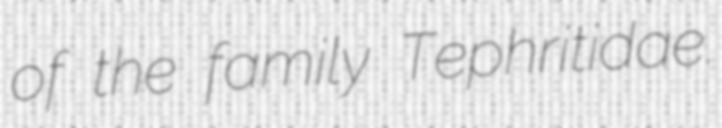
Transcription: of the family Tephritidae.